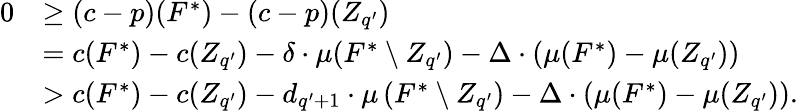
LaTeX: \begin{array}{rl}{0}&{\ge(c-p)(F^{*})-(c-p)(Z_{q^{\prime}})}\\ {}&{=c(F^{*})-c(Z_{q^{\prime}})-\delta\cdot\mu(F^{*}\setminus Z_{q^{\prime}})-\Delta\cdot\left(\mu(F^{*})-\mu(Z_{q^{\prime}})\right)}\\ {}&{>c(F^{*})-c(Z_{q^{\prime}})-d_{q^{\prime}+1}\cdot\mu\left(F^{*}\setminus Z_{q^{\prime}}\right)-\Delta\cdot\left(\mu(F^{*})-\mu(Z_{q^{\prime}})\right).}\end{array}